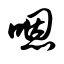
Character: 嗯